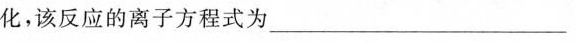
化，该反应的离子方程式为_______________